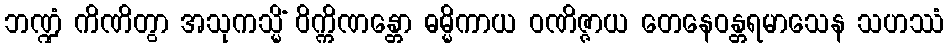
ဘဏ္ဍံ ကိဏိတွာ အသုကသ္မိံ ဝိက္ကိဏန္တော ဓမ္မိကာယ ဝဏိဇ္ဇာယ တေနေဝန္တရမာသေန သဟဿံ